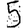
Digit: 5